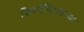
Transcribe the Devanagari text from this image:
जिम्नॅस्टिक्सच्या